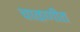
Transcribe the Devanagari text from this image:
चाळणीत